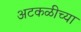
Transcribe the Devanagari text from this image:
अटकळीच्या